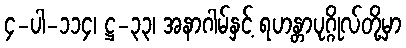
၄-ပါ-၁၁၄၊ ဋ္ဌ-၃၃၊ အနာဂါမ်နှင့် ရဟန္တာပုဂ္ဂိုလ်တို့မှာ